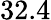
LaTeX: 32.4